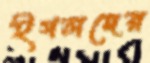
ইগলদের